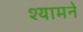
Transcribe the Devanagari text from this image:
श्यामने